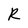
Character: R